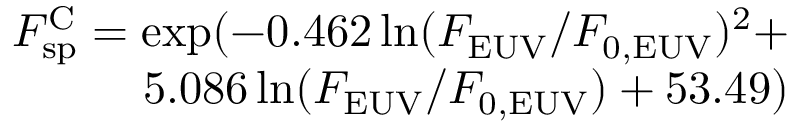
\begin{array} { r } { F _ { \mathrm { s p } } ^ { \mathrm { C } } = \exp ( - 0 . 4 6 2 \ln ( F _ { \mathrm { E U V } } / F _ { \mathrm { 0 , E U V } } ) ^ { 2 } + } \\ { 5 . 0 8 6 \ln ( F _ { \mathrm { E U V } } / F _ { \mathrm { 0 , E U V } } ) + 5 3 . 4 9 ) } \end{array}